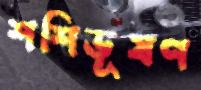
শশিভূষণ